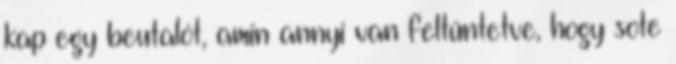
kap egy beutalót, amin annyi van feltűntetve, hogy sote